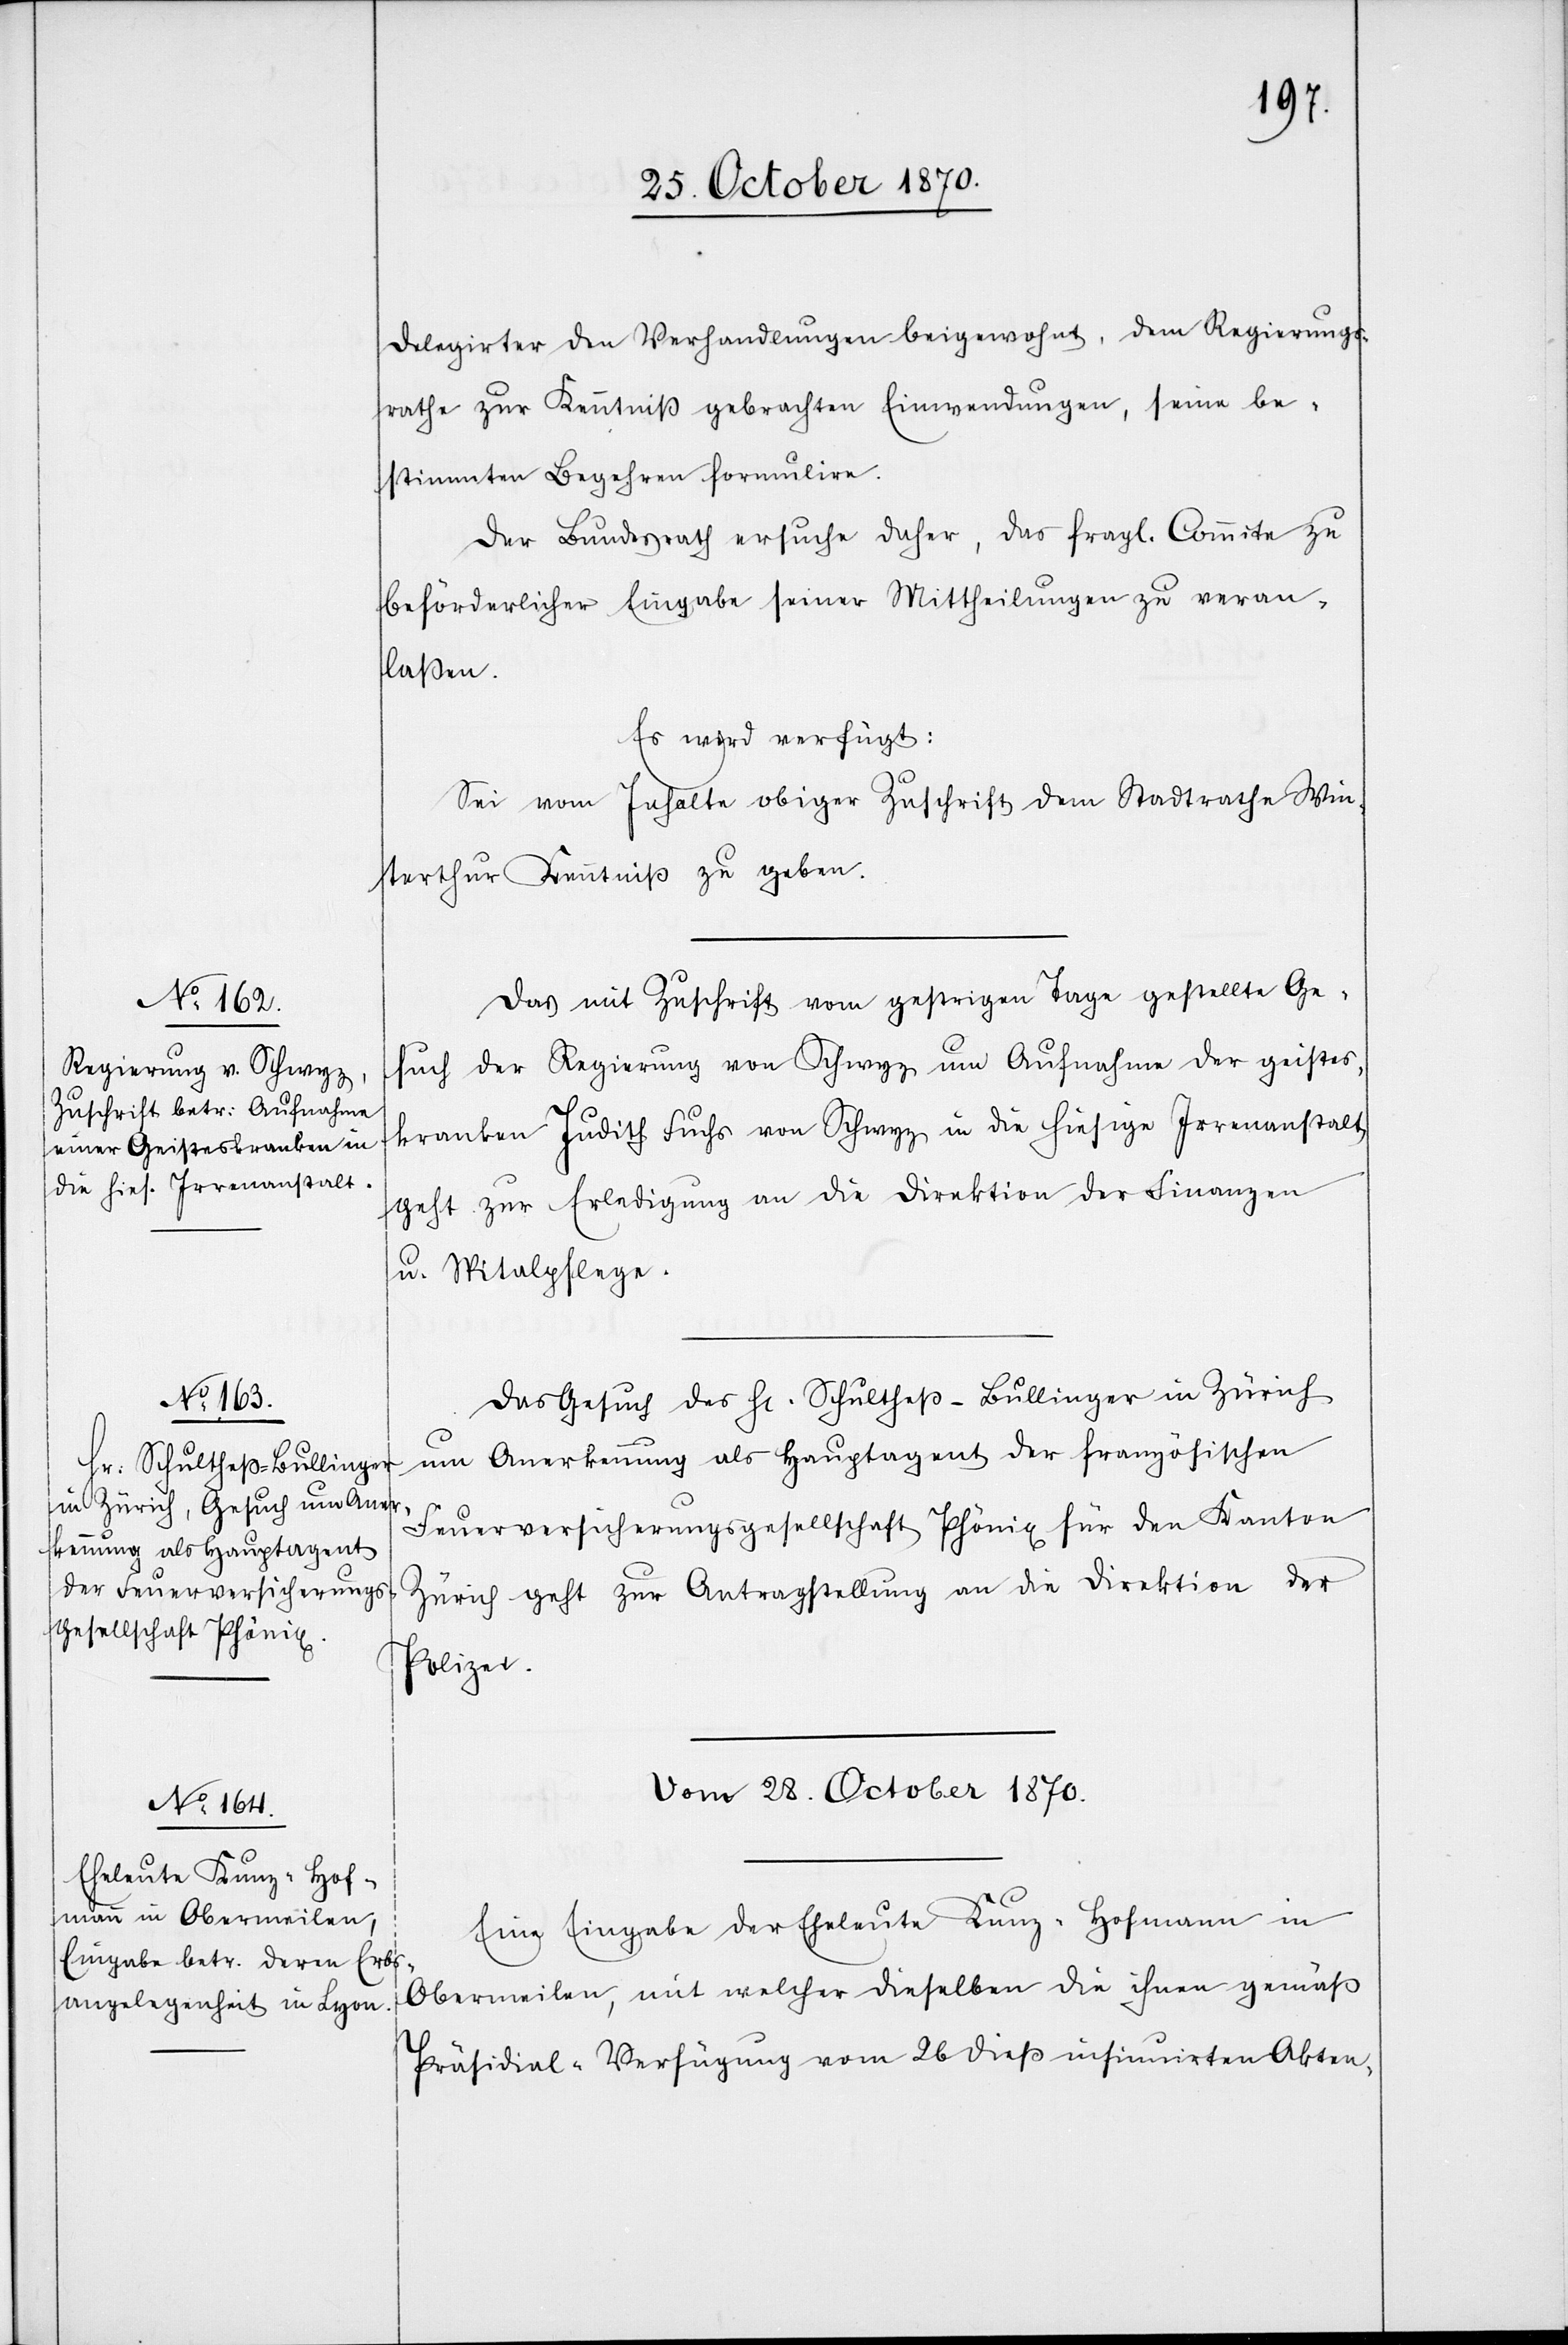
27. October 1870.]
Delegirter den Verhandlungen beigewohnt, dem Regierungs¬
rathe zur Kenntniß gebrachten Einwendungen, seine be¬
stimmten Begehren formulire.
Der Bundesrath ersuche daher, das fragl. Comite zu
beförderlicher Eingabe seiner Mittheilung zu veran¬
laßen.
Es wird verfügt:
Sei vom Inhalte obiger Zuschrift dem Stadtrathe Win¬
terthur Kenntniß zu geben.
Das mit Zuschrift vom gestrigen Tage gestellte Ge¬
such der Regierung von Schwyz um Aufnahme der Geistes¬
kranken Judith Fuchs von Schwyz in die hiesige Irrenanstalt
geht zur Erledigung an die Direktion der Finanzen
u. Spitalpflege.
Das Gesuch des H[errn] Schultheß-Bullinger in Zürich
um Anerkennung als Hauptagent der französischen
Feuerversicherungsgesellschaft Phönix für den Kanton
Zürich geht zur Antragstellung an die Direktion der
Polizei.
Vom 28. October 1870.
Eine Eingabe der Eheleute Kunz-Hofmann in
Obermeilen, mit welcher dieselben die ihnen gemäß
Präsidial-Verfügung vom 26 dieß insinuirten Akten-